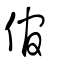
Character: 倌